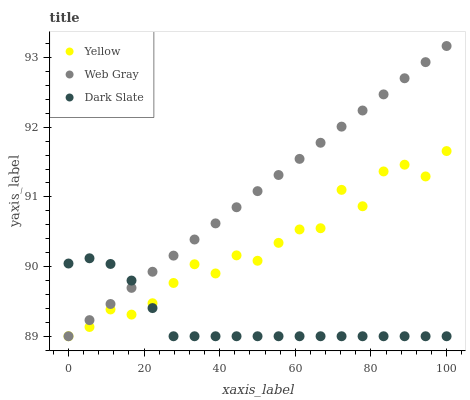
| xaxis_label | Yellow | Web Gray | Dark Slate |
 | --- | --- | --- | --- |
 | 0 | 89 | 89 | 90 |
 | 5.56 | 89.1 | 89.2 | 90.1 |
 | 11.1 | 89.4 | 89.5 | 90 |
 | 16.7 | 89.3 | 89.7 | 89.8 |
 | 22.2 | 89.5 | 89.9 | 89.4 |
 | 27.8 | 89.8 | 90.2 | 89 |
 | 33.3 | 90 | 90.4 | 89 |
 | 38.9 | 89.9 | 90.6 | 89 |
 | 44.4 | 90.2 | 90.9 | 89 |
 | 50 | 90.1 | 91.1 | 89 |
 | 55.6 | 90.3 | 91.3 | 89 |
 | 61.1 | 90.5 | 91.5 | 89 |
 | 66.7 | 90.6 | 91.8 | 89 |
 | 72.2 | 91.1 | 92 | 89 |
 | 77.8 | 90.9 | 92.2 | 89 |
 | 83.3 | 91.4 | 92.5 | 89 |
 | 88.9 | 91.5 | 92.7 | 89 |
 | 94.4 | 91.3 | 92.9 | 89 |
 | 100 | 91.7 | 93.2 | 89 |